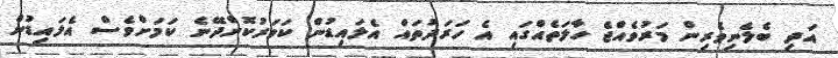
އަދި ބެލެނިވެރިން މަރުވެއްޖެ ހާލަތެއްގައި އެ ހަރަދުތައް އެލައިޑުން ކަވަރުކޮށްދޭނެ ކަމަށްވެސް އެލައިޑުން